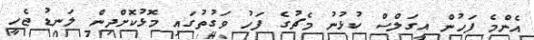
އެންމެ ފަހުން އީގަލްސް ކުޅުނު މެޗުގެ ފަހު ވަގުތުގައި މޮޅުކޮށްދިން ލަނޑު ޖެހީ